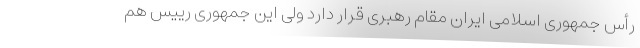
رأس جمهوری اسلامی ایران مقام رهبری قرار دارد ولی این جمهوری رییس هم